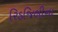
રિડજિલીના